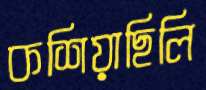
কশিয়াছিলি